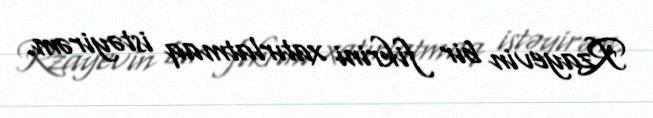
Rzayevin bir fikrini xatırlatmaq istəyirəm.